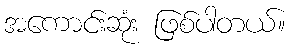
အကောင်းဆုံး ဖြစ်ပါတယ်။